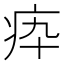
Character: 疩